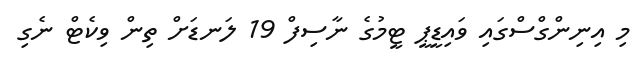
މި އިނިންގްސްގައި ވައިޑީޕީ ޓީމުގެ ނާސިފް 19 ލަނޑަށް ތިން ވިކެޓް ނެގި